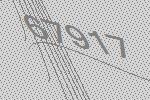
67917